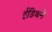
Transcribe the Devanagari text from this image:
ईडिथने